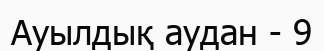
Ауылдық аудан - 9